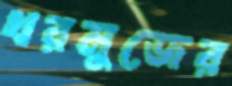
খরমুজের